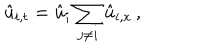
LaTeX: { \hat { u } } _ { i , t } = { \hat { u } } _ { i } \sum _ { j \neq i } { \hat { u } } _ { i , x } \, ,